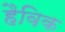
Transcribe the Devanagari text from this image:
हैविक